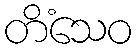
တိံသေဝ